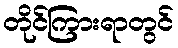
တိုင်ကြားရာတွင်